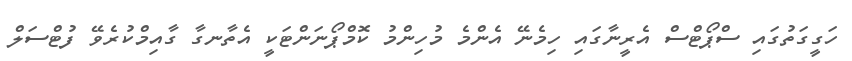
ހަގީގަތުގައި ސްޕޯޓްސް އެރީނާގައި ހިމެނޭ އެންމެ މުހިންމު ކޮމްޕޯނަންޓަކީ އެތާނގާ ގާއިމްކުރެވޭ ފުޓްސަލް